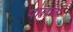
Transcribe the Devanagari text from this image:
पातंळ